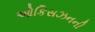
ઓકિસઝનની